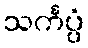
သင်္ကပ္ပံ